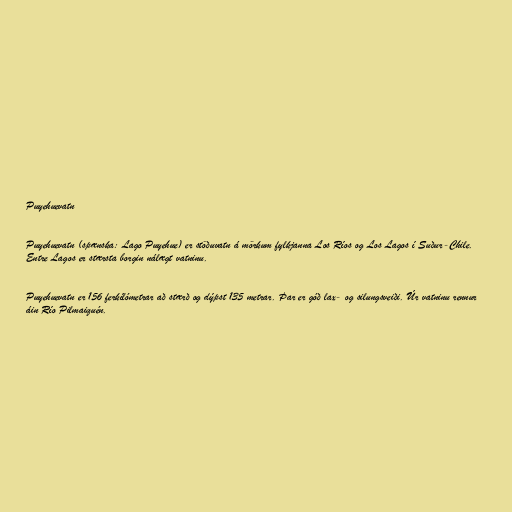
Puyehuevatn

Puyehuevatn (spænska: Lago Puyehue) er stöðuvatn á mörkum fylkjanna Los Ríos og Los Lagos í Suður-Chile.
Entre Lagos er stærsta borgin nálægt vatninu.

Puyehuevatn er 156 ferkílómetrar að stærð og dýpst 135 metrar. Þar er góð lax- og silungsveiði. Úr vatninu rennur
áin Río Pilmaiquén.